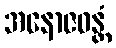
အနောဇဝန္တံ